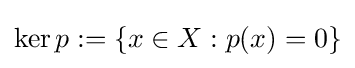
\ker p:=\left\{x\in X:p(x)=0\right\}